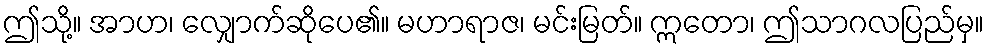
ဤသို့။ အာဟ၊ လျှောက်ဆိုပေ၏။ မဟာရာဇ၊ မင်းမြတ်။ ဣတော၊ ဤသာဂလပြည်မှ။